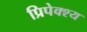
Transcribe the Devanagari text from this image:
प्रिपेक्श्य